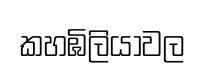
කහඹිලියාවල